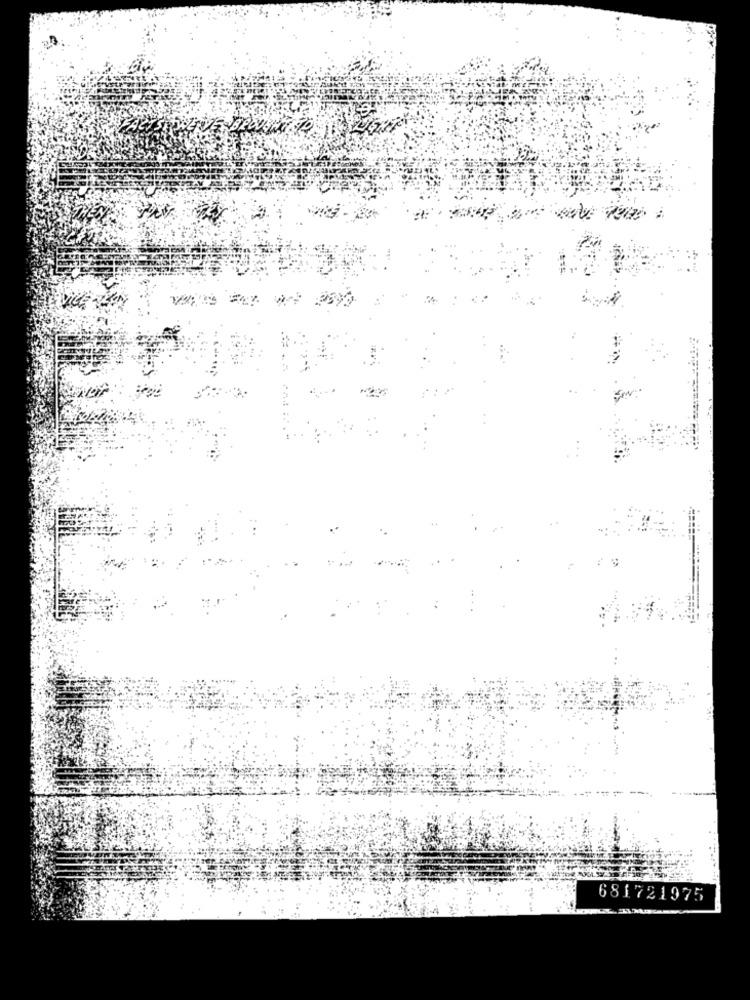
DIGE
681721975